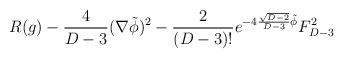
LaTeX: \begin{align*}R(g) -{4\over D-3}(\nabla \tilde \phi)^2 -{2\over (D-3)!} e^{-4{\sqrt{D-2}\over D-3}\tilde \phi} F^2_{D-3}\end{align*}